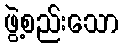
ဖွဲ့စည်းသော